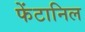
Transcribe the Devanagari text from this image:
फेंटानिल